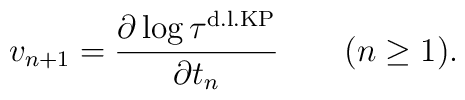
v_{n+1} = \frac{ \partial \log {\tau^{\rm d.l.KP}} }{\partial t_{n}}  \qquad (n \geq 1).